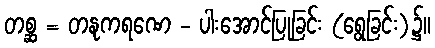
တစ္ဆ = တနုကရဏေ - ပါးအောင်ပြုခြင်း (ရွေခြင်း)၌။